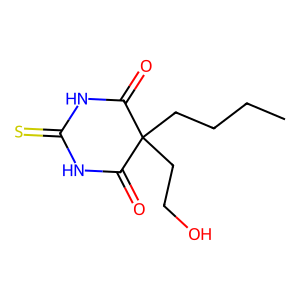
SMILES: CCCCC1(CCO)C(=O)NC(=S)NC1=O
Inhibits HIV replication: No